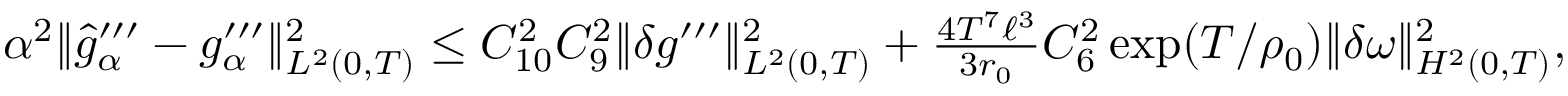
\begin{array} { r } { \alpha ^ { 2 } \Vert \widehat { g } _ { \alpha } ^ { \prime \prime \prime } - g _ { \alpha } ^ { \prime \prime \prime } \Vert _ { L ^ { 2 } ( 0 , T ) } ^ { 2 } \leq C _ { 1 0 } ^ { 2 } C _ { 9 } ^ { 2 } \Vert \delta g ^ { \prime \prime \prime } \Vert _ { L ^ { 2 } ( 0 , T ) } ^ { 2 } + \frac { 4 T ^ { 7 } \ell ^ { 3 } } { 3 r _ { 0 } } C _ { 6 } ^ { 2 } \exp ( T / \rho _ { 0 } ) \Vert \delta \omega \Vert _ { H ^ { 2 } ( 0 , T ) } ^ { 2 } , } \end{array}